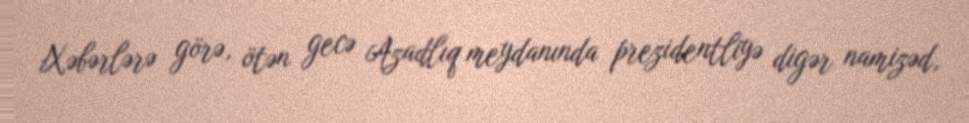
Xəbərlərə görə, ötən gecə Azadlıq meydanında prezidentliyə digər namizəd,